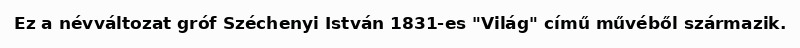
Ez a névváltozat gróf Széchenyi István 1831-es "Világ" című művéből származik.